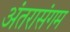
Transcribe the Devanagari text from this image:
अंतरासंगम